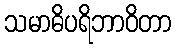
သမာဓိပရိဘာဝိတာ